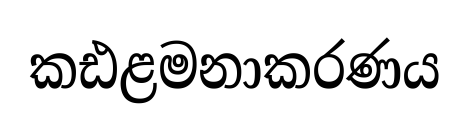
කඪළමනාකරණය